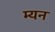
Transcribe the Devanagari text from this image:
म्यन